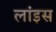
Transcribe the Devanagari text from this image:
लांइस